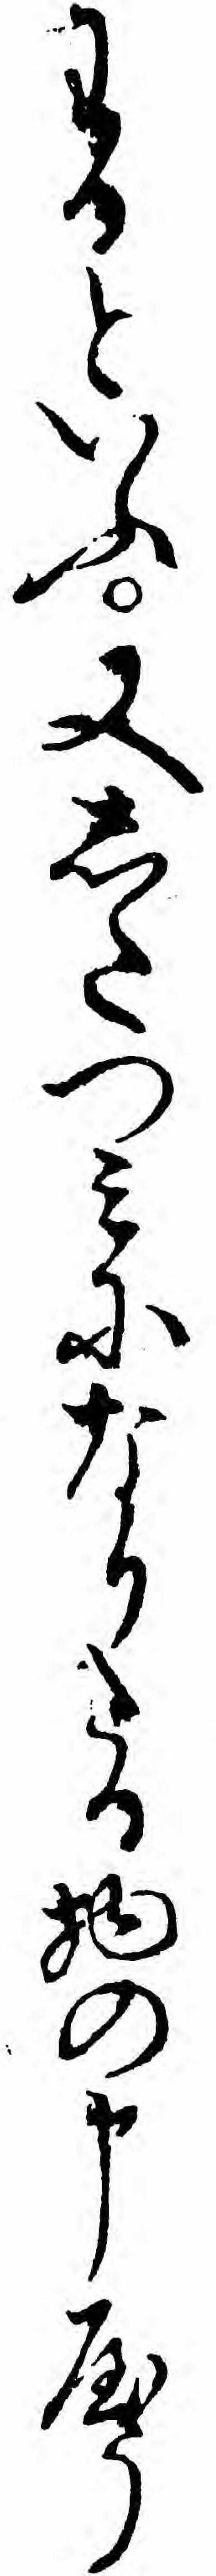
わるといふ又したつミになりたる物の申やう